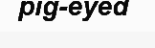
pig-eyed